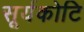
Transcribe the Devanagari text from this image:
सूर्यकोटि